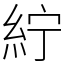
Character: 紵